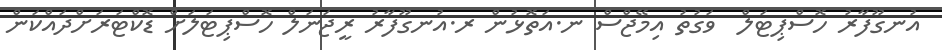
އުނގޫފާރު ހޮސްޕިޓަލް  ވަގުތު އިމޭޖްސް ނ.އަތޮޅުން ރ.އުނގޫފާރު ރީޖަނަލް ހޮސްޕިޓަލަށް ޑޮކްޓަރަށްދައްކަން